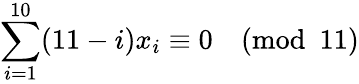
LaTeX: \sum_{i=1}^{10}(11-i)x_{i}\equiv 0{\pmod{11}}